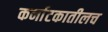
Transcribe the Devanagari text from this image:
कर्नाटकातीलच